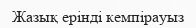
Жазық ерінді кемпірауыз